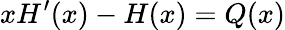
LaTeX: x{H}^{\prime}(x)-{H}(x)={Q}(x)